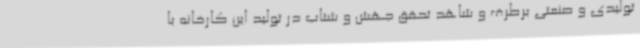
تولیدی و صنعتی برطرف و شاهد تحقق جهش و شتاب در تولید این کارخانه با